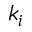
k _ { i }